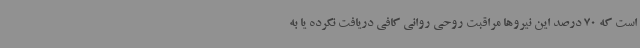
است که 70 درصد این نیروها مراقبت روحی روانی کافی دریافت نکرده یا به